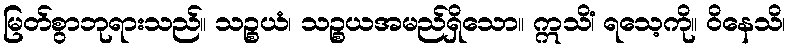
မြတ်စွာဘုရားသည်။ သဉ္စယံ၊ သဉ္စယအမည်ရှိသော။ ဣသိံ၊ ရသေ့ကို။ ဝိနေသိ၊